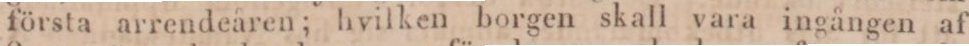
första arrendeåren; hvilken borgen skall vara ingången af